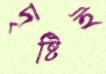
দৃষ্টিই